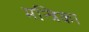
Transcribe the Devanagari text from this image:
मन्त्रिका